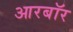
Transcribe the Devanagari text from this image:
आरबॉर